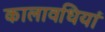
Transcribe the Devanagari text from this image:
कालावधियां